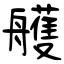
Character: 艧